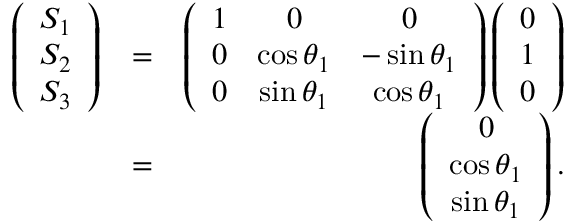
\begin{array} { r l r } { \left( \begin{array} { c } { S _ { 1 } } \\ { S _ { 2 } } \\ { S _ { 3 } } \end{array} \right) } & { = } & { \left( \begin{array} { c c c } { 1 } & { 0 } & { 0 } \\ { 0 } & { \cos \theta _ { 1 } } & { - \sin \theta _ { 1 } } \\ { 0 } & { \sin \theta _ { 1 } } & { \cos \theta _ { 1 } } \end{array} \right) \left( \begin{array} { c } { 0 } \\ { 1 } \\ { 0 } \end{array} \right) } \\ & { = } & { \left( \begin{array} { c } { 0 } \\ { \cos \theta _ { 1 } } \\ { \sin \theta _ { 1 } } \end{array} \right) . } \end{array}